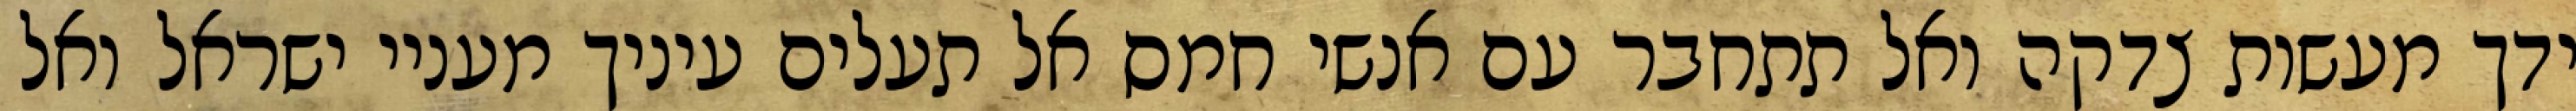
ידך מעשות צדקה ואל תתחבר עם אנשי חמס אל תעלים עיניך מעניי ישראל ואל